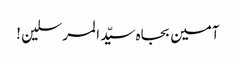
آمین بجاہ سیّد المرسلین !